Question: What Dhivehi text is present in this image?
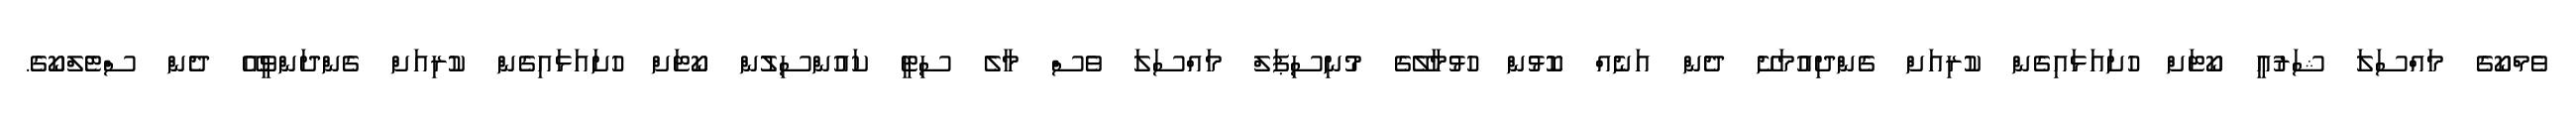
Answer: ވެމްކޯގެ މައްސަލަ ޝަރުއީ ކޯޓަށް ހުށައަޅައިގެން ކުރިއަށް ގެންދިއުމަށޭ ދެން އަނެއް ކޮޅުން ހުޅުމާލޭގެ މުނިސިޕަލް މައްސަލަ ވެސް މާލެ ސިޓީ ކައުންސިލުން ކޯޓަށް ހުށައަޅައިގެން ކުރިއަށް ގެންދަންވީއޭ ދެން ސްޓެލްކޯގެ.